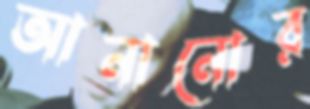
আনানোর